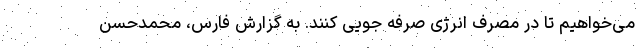
می‌خواهیم تا در مصرف انرژی صرفه جویی کنند. به گزارش فارس، محمدحسن